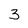
Character: 3